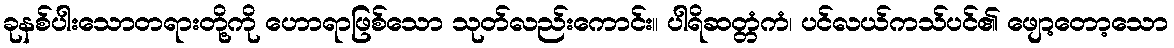
ခုနစ်ပါးသောတရားတို့ကို ဟောရာဖြစ်သော သုတ်လည်းကောင်း။ ပါရိဆတ္တံကံ၊ ပင်လယ်ကသ်ပင်၏ ဖျော့တော့သော